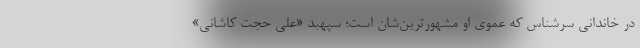
در خاندانی سرشناس که عموی او مشهورترین‌شان است؛ سپهبد «علی حجت کاشانی»